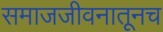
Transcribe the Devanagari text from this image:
समाजजीवनातूनच